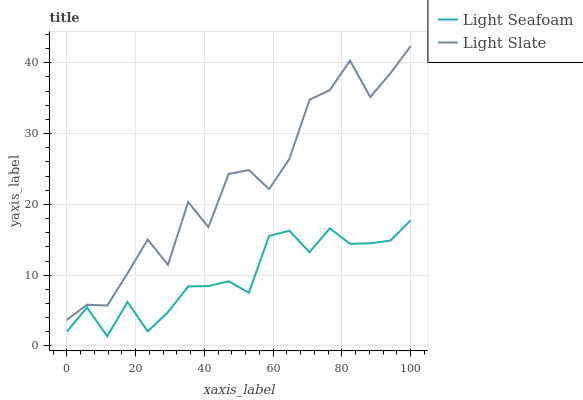
| xaxis_label | Light Seafoam | Light Slate |
 | --- | --- | --- |
 | 0 | 2.01 | 3.67 |
 | 5.88 | 5.43 | 5.82 |
 | 11.8 | 1.37 | 5.7 |
 | 17.6 | 6.21 | 10.2 |
 | 23.5 | 2.07 | 15 |
 | 29.4 | 4.77 | 11.5 |
 | 35.3 | 8.41 | 20.3 |
 | 41.2 | 8.46 | 16.8 |
 | 47.1 | 9.14 | 24.3 |
 | 52.9 | 7.52 | 24.8 |
 | 58.8 | 15.5 | 22.2 |
 | 64.7 | 16.3 | 26.4 |
 | 70.6 | 13.2 | 34.8 |
 | 76.5 | 16.6 | 36.1 |
 | 82.4 | 14.4 | 40.3 |
 | 88.2 | 14.5 | 35.2 |
 | 94.1 | 14.9 | 38.5 |
 | 100 | 17.8 | 42.4 |